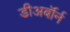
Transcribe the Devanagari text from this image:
डीअर्बॉर्न